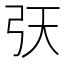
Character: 𢎾